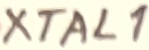
Text: XTAL1